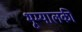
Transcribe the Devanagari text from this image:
भूम्यालकी